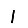
Digit: 1